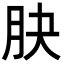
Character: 䏐